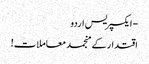
- ایکسپریس اردو
اقتدار کے منجمد معاملات!